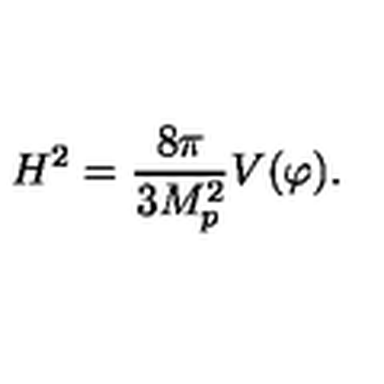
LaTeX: H ^ { 2 } = \frac { 8 \pi } { 3 M _ { p } ^ { 2 } } V ( \varphi ) .